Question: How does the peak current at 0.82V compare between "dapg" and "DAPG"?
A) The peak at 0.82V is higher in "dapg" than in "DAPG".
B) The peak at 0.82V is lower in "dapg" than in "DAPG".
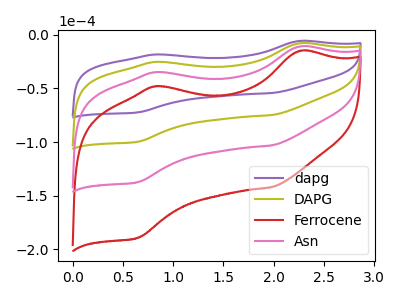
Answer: <think>The purple curve "dapg" has anodic peaks at (2.25V, -5.75uA) (0.80V, -18.35uA) and cathodic peaks at (2.00V, -54.25uA) (0.65V, -72.30uA). The olive curve "DAPG" has anodic peaks at (2.25V, -7.90uA) (0.80V, -25.30uA) and cathodic peaks at (2.00V, -74.80uA) (0.65V, -99.65uA). The red curve "Ferrocene" has anodic peaks at (2.25V, -23.70uA) (0.80V, -75.85uA) and cathodic peaks at (2.00V, -224.35uA) (0.65V, -298.90uA). The pink curve "Asn" has anodic peaks at (2.25V, -15.80uA) (0.80V, -50.55uA) and cathodic peaks at (2.00V, -149.55uA) (0.65V, -199.25uA).</think>
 <answer>A) The peak at 0.82V is higher in "dapg" than in "DAPG".</answer>
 <eval>A</eval>